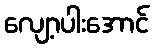
လျော့ပါးအောင်